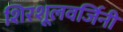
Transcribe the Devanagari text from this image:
शिरशूलवर्जिनी